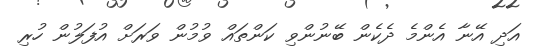
އަދި އޭނާ އެންމެ ދެކެން ބޭނުންވި ކަންތައް ވުމުން ވަރަށް އުފަލުން ހުރި